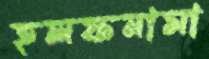
হলফনামা